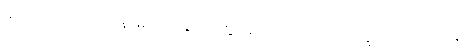
မုဒိတာသဟဂတေန၊ မုဒိတာနှင့်တကွဖြစ်သော။ လ။ ဥပေက္ခာသဟဂတေန၊